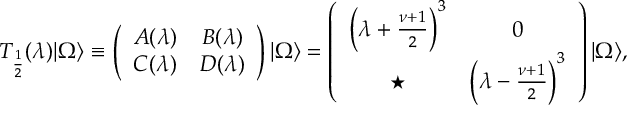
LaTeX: T _ { \frac { 1 } { 2 } } ( \lambda ) | { \mit \Omega } \rangle \equiv \left( \begin{array} { c c } { { A ( \lambda ) } } & { { B ( \lambda ) } } \\ { { C ( \lambda ) } } & { { D ( \lambda ) } } \end{array} \right) | { \mit \Omega } \rangle = \left( \begin{array} { c c } { { \left( \lambda + \frac { \nu + 1 } { 2 } \right) ^ { 3 } } } & { { 0 } } \\ { { \star } } & { { \left( \lambda - \frac { \nu + 1 } { 2 } \right) ^ { 3 } } } \end{array} \right) | { \mit \Omega } \rangle ,